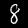
Label: 8